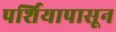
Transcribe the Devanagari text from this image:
पर्शियापासून